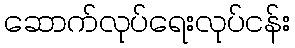
ဆောက်လုပ်ရေးလုပ်ငန်း